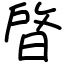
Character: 晵